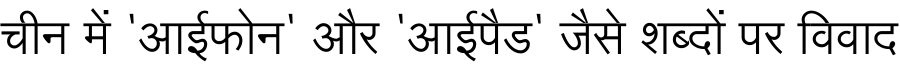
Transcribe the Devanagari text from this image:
चीन में 'आईफोन' और 'आईपैड' जैसे शब्दों पर विवाद